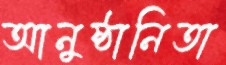
আনুষ্ঠানিতা